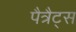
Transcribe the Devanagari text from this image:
पैत्रैट्स